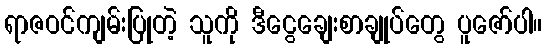
ရာဇဝင်ကျမ်းပြုတဲ့ သူကို ဒီငွေချေးစာချုပ်တွေ ပူဇော်ပါ။